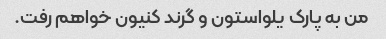
من به پارک یلواستون و گرند کنیون خواهم رفت.